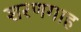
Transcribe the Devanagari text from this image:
शरणगाह